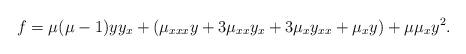
LaTeX: \begin{align*}f=\mu(\mu -1) yy_x+(\mu_{xxx} y + 3\mu_{xx}y_x + 3\mu _x y_{xx} + \mu _x y) + \mu \mu _x y^2.\end{align*}